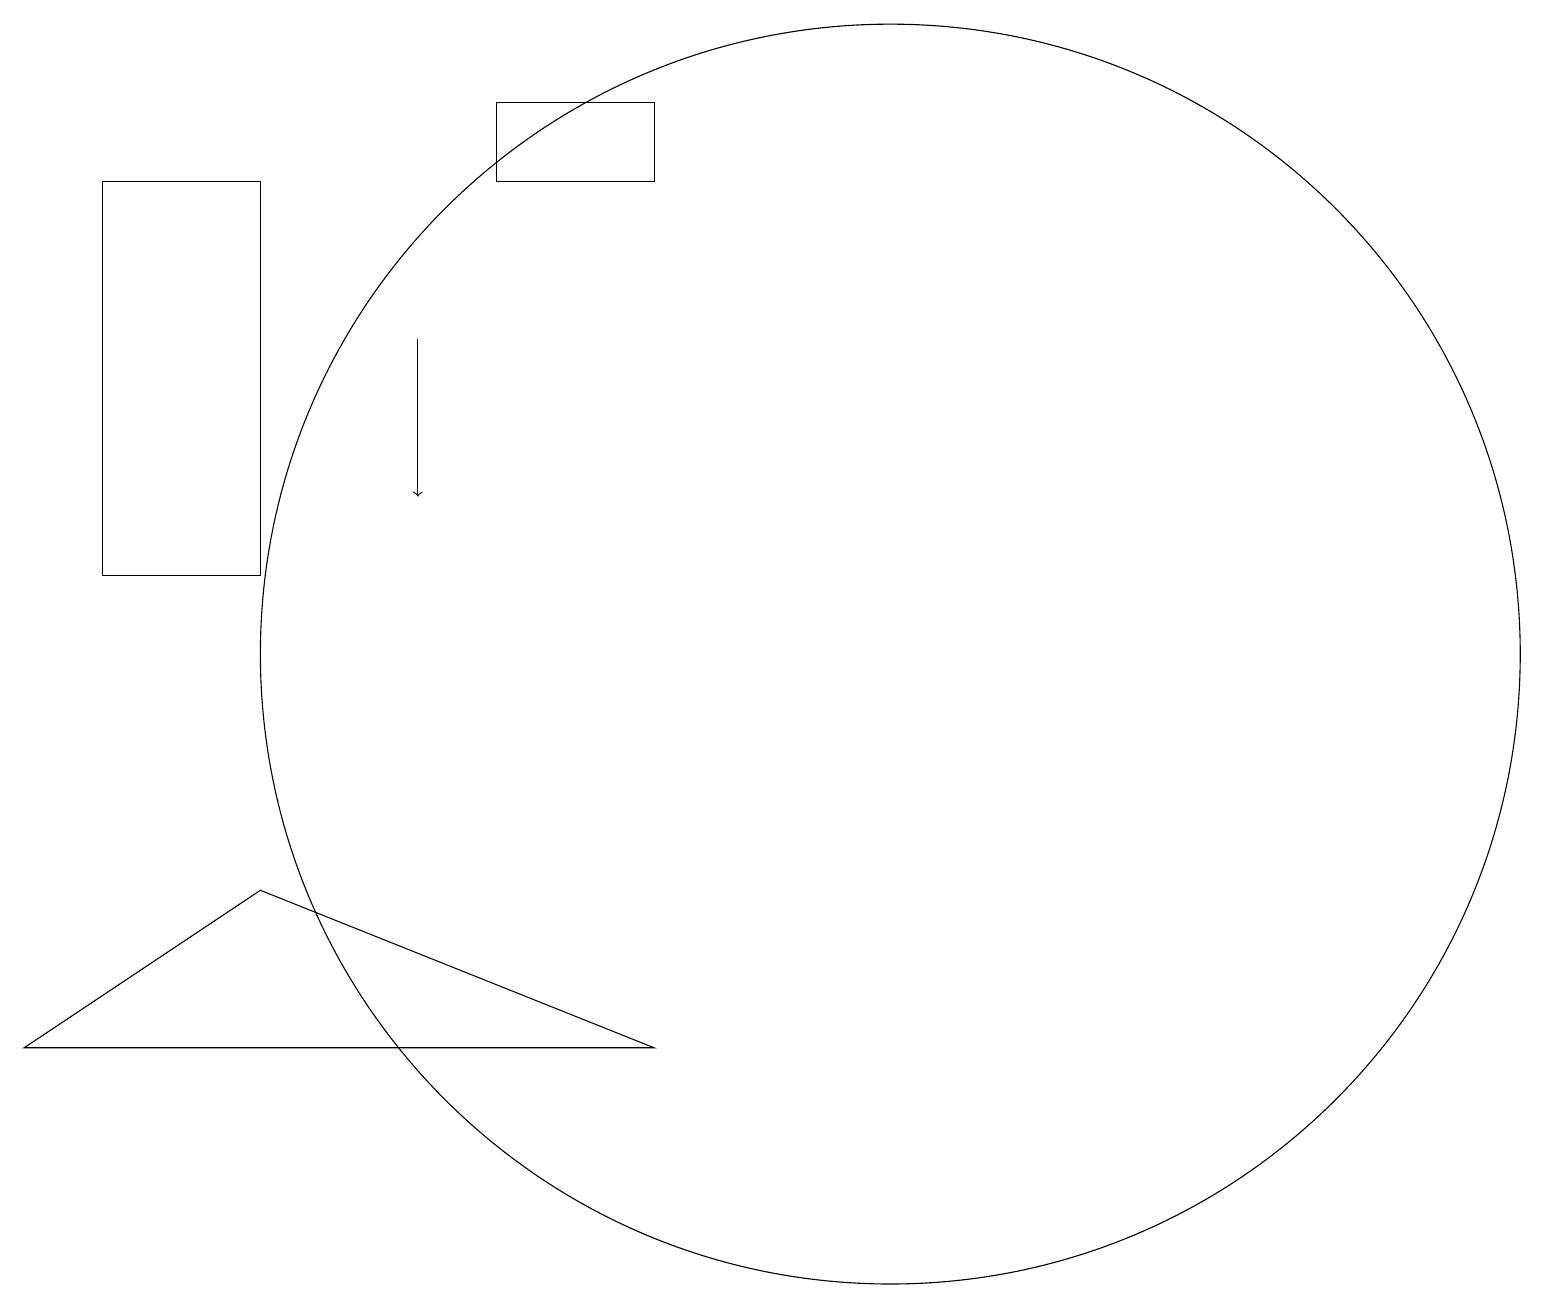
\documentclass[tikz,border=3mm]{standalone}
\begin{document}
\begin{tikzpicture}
\draw (11,11) circle (8);
\draw[->] (5,15) -- (5,13);
\draw (0,6) -- (3,8) -- (8,6) -- cycle;
\draw (6,18) rectangle (8,17);
\draw (1,12) rectangle (3,17);
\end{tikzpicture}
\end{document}